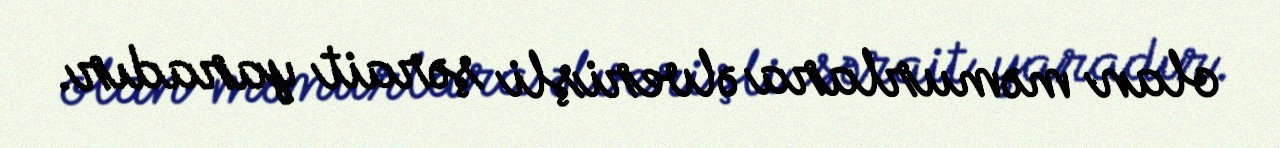
olan məmurlara əlverişli şərait yaradır.